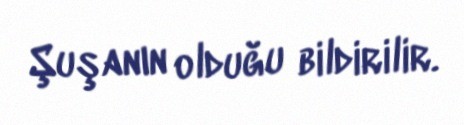
Şuşanın olduğu bildirilir.